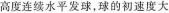
中网高度连续水平发球，球的初速度大